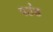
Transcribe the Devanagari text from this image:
पउंड